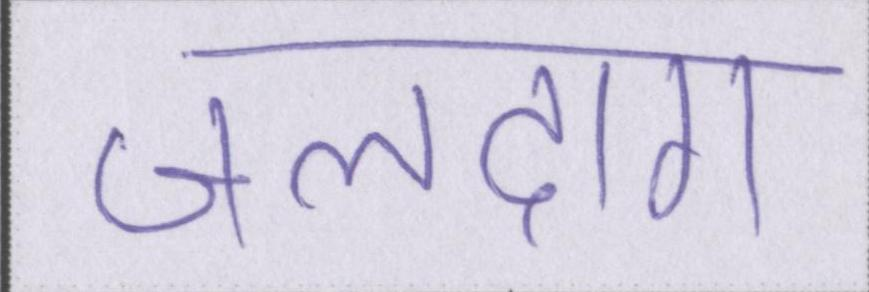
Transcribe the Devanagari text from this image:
जलदाग